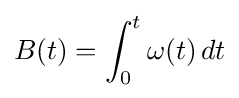
B(t)=\int _{0}^{t}\omega (t)\,dt